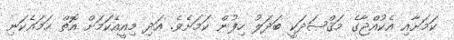
ކަމަށާއި އެކުއްޖާގެ މަޤްޞަދަކީ ބަދަލު ހިފުން ކަމަށެވެ. އަދި މިއީއެކަމަށް އޮތް ހަމައެކަނި